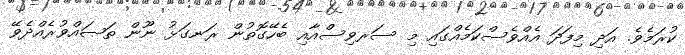
ކުރަމެވެ. އަދި މިފަދަ އެއްވެސްކަމެއްގައި މި ސަރވިސްއާއި ބެހޭގޮތުން ރަނގަޅު ނޫން ތަޞައްވުރެއްދެވޭ